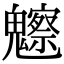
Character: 𩴳